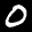
Label: 0